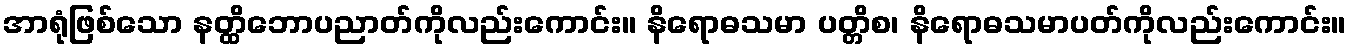
အာရုံဖြစ်သော နတ္ထိဘောပညာတ်ကိုလည်းကောင်း။ နိရောဓသမာ ပတ္တိစ၊ နိရောဓသမာပတ်ကိုလည်းကောင်း။